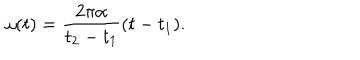
\omega ( t ) = { \frac { 2 \pi \alpha } { t _ { 2 } - t _ { 1 } } } { ( t - t _ { 1 } ) } .